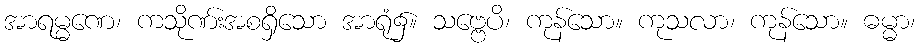
အာရမ္မဏေ၊ ကသိုဏ်းအစရှိသော အာရုံ၌။ သဗ္ဗေပိ၊ ကုန်သော။ ကုသလာ၊ ကုန်သော။ ဓမ္မာ၊